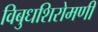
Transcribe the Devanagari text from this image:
विबुधशिरोमणी